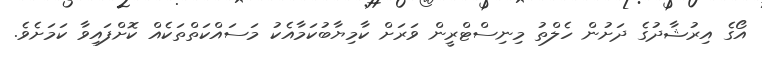
އޯގެ އިރުޝާދުގެ ދަށުން ހެލްތު މިނިސްޓްރީން ވަރަށް ކާމިޔާބުކަމާއެކު މަސައްކަތްތަކެއް ކޮށްފައިވާ ކަމަށެވެ.